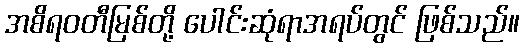
အစိရဝတီမြစ်တို့ ပေါင်းဆုံရာအရပ်တွင် ဖြစ်သည်။